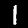
Digit: 1